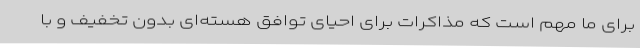
برای ما مهم است که مذاکرات برای احیای توافق هسته‌ای بدون تخفیف و با